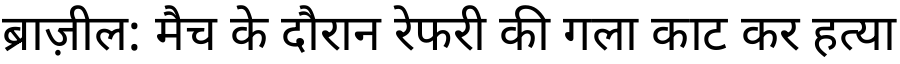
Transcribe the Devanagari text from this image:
ब्राज़ील: मैच के दौरान रेफरी की गला काट कर हत्या